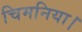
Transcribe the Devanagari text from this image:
चिमनिया।